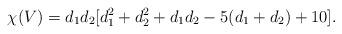
LaTeX: \begin{align*}\chi(V)=d_1d_2[d_1^2+d_2^2+d_1d_2-5(d_1+d_2)+10]. \end{align*}